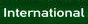
international